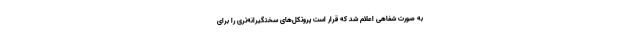
به صورت شفاهی اعلام شد که قرار است پروتکل‌های سختگیرانه‌تری را برای